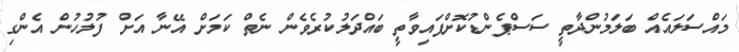
މައްސަލައެއް ބަލަމުންދާތީ ސަސްޕެންޑުކޮށްފައިވާތީ ބައްދަލުކުރެވެން ނެތް ކަމަށް އޭނާ އަށް ފުލުހުން އެންގި